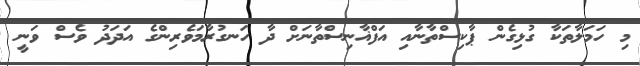
މި ހަމަލާތަކާ ގުޅިގެން ޕާކިސްތާނާއި އަފްޣާނިސްތާނަށް ދާ ހަނގުރާމަވެރިންގެ އަދަދު ވެސް ވަނީ